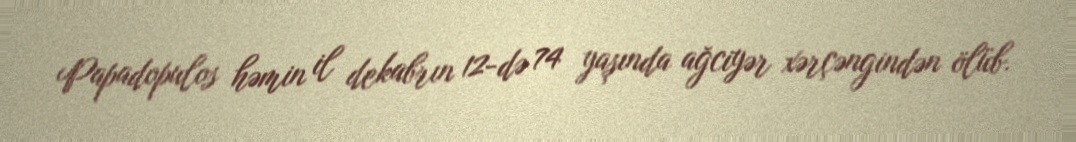
Papadopulos həmin il dekabrın 12-də 74 yaşında ağciyər xərçəngindən ölüb.